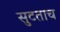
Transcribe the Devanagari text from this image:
सुटताच